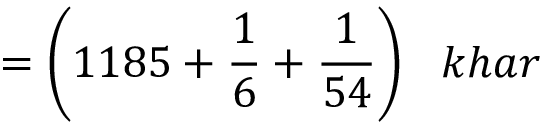
= { \bigg ( } 1 1 8 5 + { \frac { 1 } { 6 } } + { \frac { 1 } { 5 4 } } { \bigg ) } \; \; \; k h a r